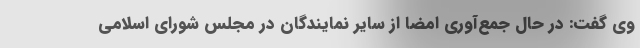
وی گفت: در حال جمع‌آوری امضا از سایر نمایندگان در مجلس شورای اسلامی